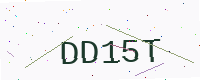
Text: DD15T